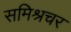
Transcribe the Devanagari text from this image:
समिश्रचर